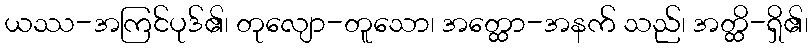
ယဿ-အကြင်ပုဒ်၏၊ တုလျော-တူသော၊ အတ္ထော-အနက် သည်၊ အတ္ထိ-ရှိ၏၊